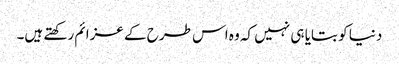
دنیا کو بتایا ہی نہیں کہ وہ اس طرح کے عزائم رکھتے ہیں۔